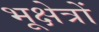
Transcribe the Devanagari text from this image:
भूक्षेत्रों